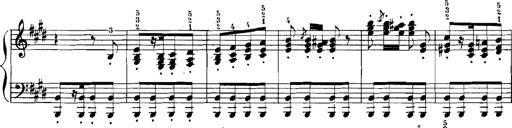
Title: Rhapsodies hongroises
Composer: Franz Liszt